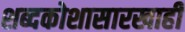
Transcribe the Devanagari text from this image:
शब्दकोशासारखाही